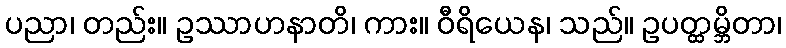
ပညာ၊ တည်း။ ဥဿာဟနာတိ၊ ကား။ ဝီရိယေန၊ သည်။ ဥပတ္ထမ္ဘိတာ၊